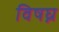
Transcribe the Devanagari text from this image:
विषघ्न